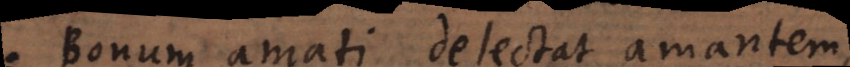
Bonum amati delectat amantem,